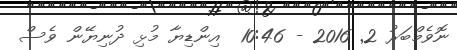
ނޮވެމްބަރު 2